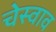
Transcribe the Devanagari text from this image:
चेस्वाव